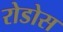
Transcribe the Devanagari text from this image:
रोडोस